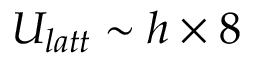
U _ { l a t t } \sim h \times 8